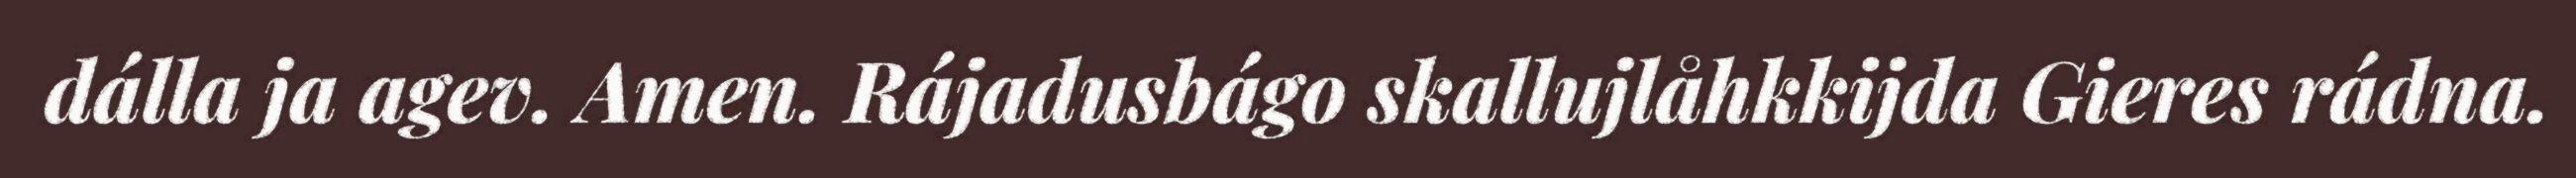
dálla ja agev. Amen. Rájadusbágo skallujlåhkkijda Gieres rádna.